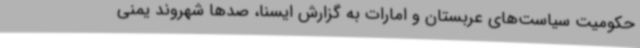
حکومیت سیاست‌های عربستان و امارات به گزارش ایسنا، صدها شهروند یمنی